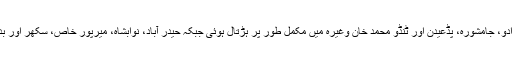
خیبر پور، کوٹری، نوشہرو فیروز، میہڑ، دادو، جامشورہ، پڈعیدن اور ٹنڈو محمد خان وغیرہ میں مکمل طور پر ہڑتال ہوئی جبکہ حیدر آباد، نوابشاہ، میرپور خاص، سکھر اور بدین میں ہڑتال کا جزوی اثر دیکھنے میں آیا۔